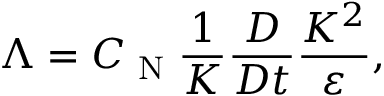
\Lambda = C _ { \textrm { N } } \frac { 1 } { K } \frac { D } { D t } \frac { K ^ { 2 } } { \varepsilon } ,